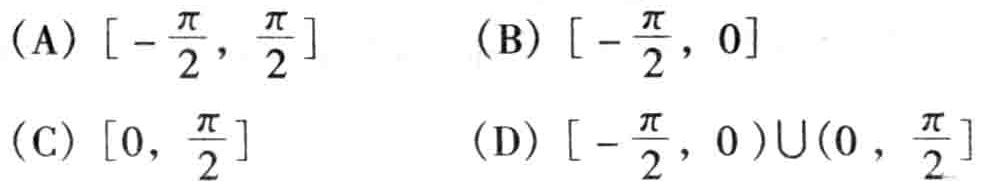
(A) $\left[-\frac{\pi}{2}, \frac{\pi}{2}\right]$  (B) $\left[-\frac{\pi}{2}, 0\right]$
(C) $\left[0, \frac{\pi}{2}\right]$  (D) $\left[-\frac{\pi}{2}, 0\right)\cup(0, \frac{\pi}{2}]$